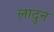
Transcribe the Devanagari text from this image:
लादुन